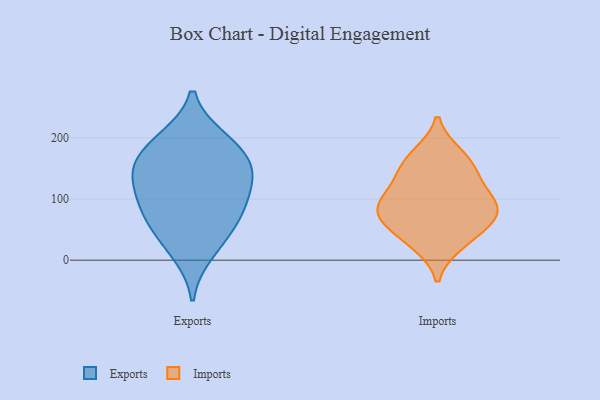
{"axis": {"x": "Conversion Rate (%)", "y": "Value"}, "legend": ["Exports", "Imports"], "data": [{"x": "", "y": 11, "type": "Exports"}, {"x": "", "y": 146, "type": "Exports"}, {"x": "", "y": 93, "type": "Exports"}, {"x": "", "y": 199, "type": "Exports"}, {"x": "", "y": 47, "type": "Exports"}, {"x": "", "y": 58, "type": "Exports"}, {"x": "", "y": 196, "type": "Exports"}, {"x": "", "y": 109, "type": "Exports"}, {"x": "", "y": 87, "type": "Exports"}, {"x": "", "y": 145, "type": "Exports"}, {"x": "", "y": 167, "type": "Exports"}, {"x": "", "y": 146, "type": "Exports"}, {"x": "", "y": 171, "type": "Imports"}, {"x": "", "y": 81, "type": "Imports"}, {"x": "", "y": 78, "type": "Imports"}, {"x": "", "y": 43, "type": "Imports"}, {"x": "", "y": 137, "type": "Imports"}, {"x": "", "y": 90, "type": "Imports"}, {"x": "", "y": 73, "type": "Imports"}, {"x": "", "y": 111, "type": "Imports"}, {"x": "", "y": 158, "type": "Imports"}, {"x": "", "y": 28, "type": "Imports"}]}